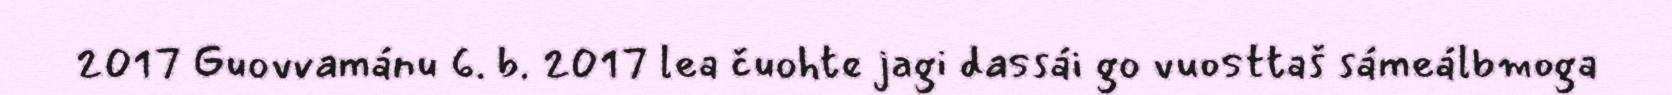
2017 Guovvamánu 6. b. 2017 lea čuohte jagi dassái go vuosttaš sámeálbmoga